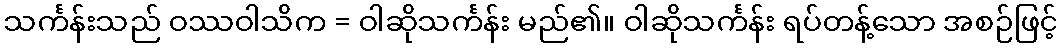
သင်္ကန်းသည် ဝဿဝါသိက = ဝါဆိုသင်္ကန်း မည်၏။ ဝါဆိုသင်္ကန်း ရပ်တန့်သော အစဉ်ဖြင့်